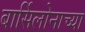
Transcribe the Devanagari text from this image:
बार्सिलोनाच्या